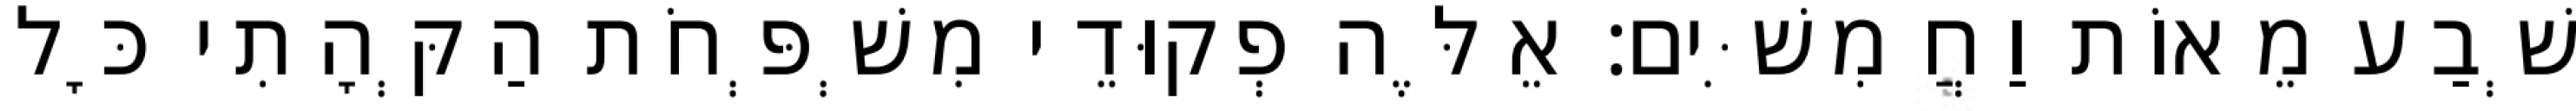
שְׁבַע מֵאוֹת וַחֲמִשִּׁים׃ אֵלֶּה פְקוּדֵי מִשְׁפְּחֹת הַקְּהָתִי כָּל